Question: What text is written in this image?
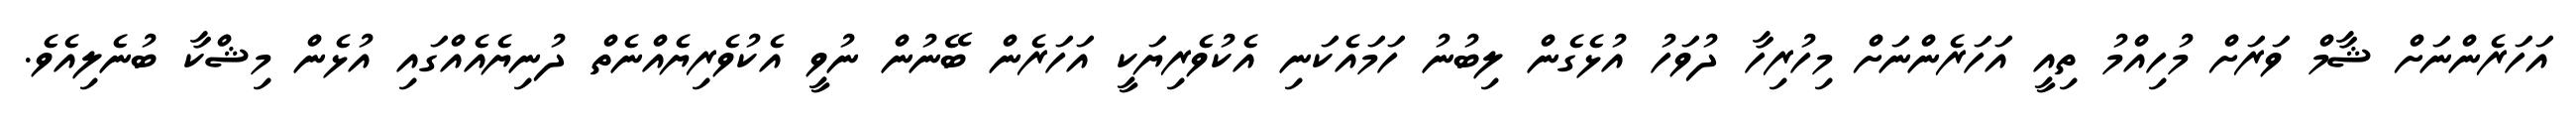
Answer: އަހަރެންނަށް ޝާމް ވަރަށް މުހިއްމު ތިއީ އަހަރެންނަށް މިހުރިހާ ދުވަހު އުޅެގެން ލިބުނު ހަމައެކަނި އެކުވެރިޔަކީ އަހަރެން ބޭނުން ނުވީ އެކުވެރިޔެއްނެތް ދުނިޔެއެއްގައި އުޅެން މިޝްކާ ބުނެލިއެވެ.